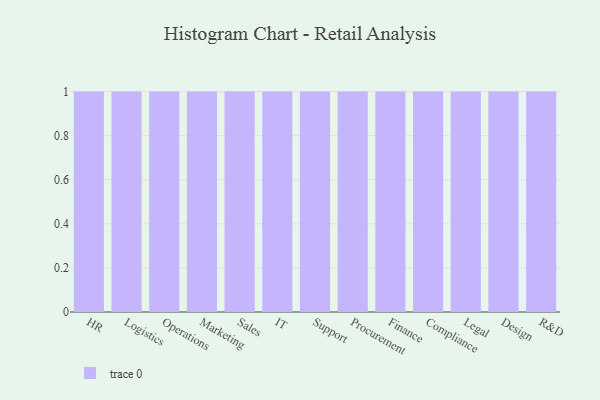
{"axis": {"x": "Department", "y": "Demand Index"}, "legend": [""], "data": [{"x": "HR", "y": 3, "type": ""}, {"x": "Logistics", "y": 91, "type": ""}, {"x": "Operations", "y": 37, "type": ""}, {"x": "Marketing", "y": 2, "type": ""}, {"x": "Sales", "y": 28, "type": ""}, {"x": "IT", "y": 4, "type": ""}, {"x": "Support", "y": 80, "type": ""}, {"x": "Procurement", "y": 50, "type": ""}, {"x": "Finance", "y": 85, "type": ""}, {"x": "Compliance", "y": 91, "type": ""}, {"x": "Legal", "y": 90, "type": ""}, {"x": "Design", "y": 39, "type": ""}, {"x": "R&D", "y": 45, "type": ""}]}